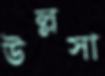
উল্লসা